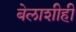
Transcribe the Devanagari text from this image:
बेलाशीही